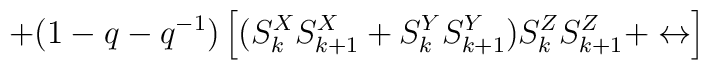
+ (1 - q - q^{-1})\left[  ( S^X_k S^X_{k+1} + S^Y_k S^Y_{k + 1} )S^Z_k S^Z_{k + 1}+ \leftrightarrow \right]